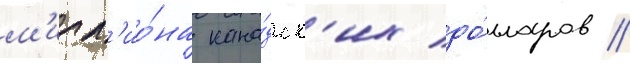
м'илл'ио́на кана́дск'их до́лларов //